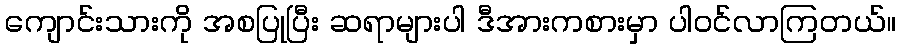
ကျောင်းသားကို အစပြုပြီး ဆရာများပါ ဒီအားကစားမှာ ပါဝင်လာကြတယ်။